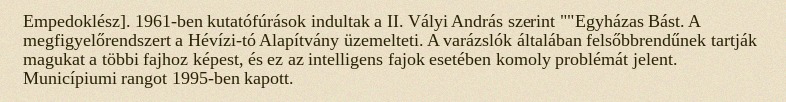
Empedoklész]. 1961-ben kutatófúrások indultak a II. Vályi András szerint ""Egyházas Bást. A megfigyelőrendszert a Hévízi-tó Alapítvány üzemelteti. A varázslók általában felsőbbrendűnek tartják magukat a többi fajhoz képest, és ez az intelligens fajok esetében komoly problémát jelent. Municípiumi rangot 1995-ben kapott.